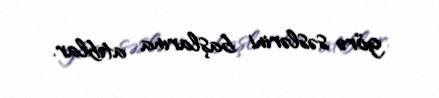
görə səslərini başlarına atıblar.